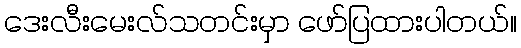
ဒေးလီးမေးလ်သတင်းမှာ ဖော်ပြထားပါတယ်။